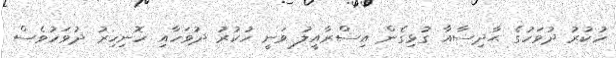
ހުކުރު ދުވަހުގެ ޙާދިސާއާ ގުޅިގެން އިސްރާއީލު ވަނީ ހުކުރު ދުވަހާއި ހޮނިހިރު ދުވަހުވެސް